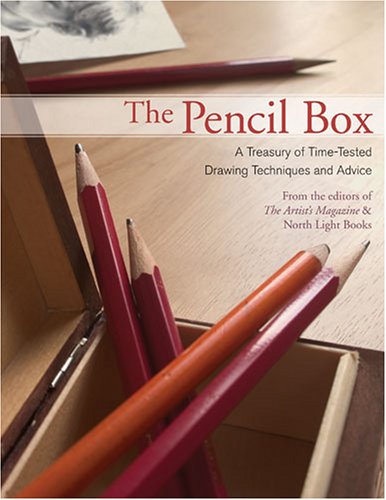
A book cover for The Pencil Box: A Treasury of Time-Tested Drawing Techniques and Advice; Editors Of Artists Magazine And North Light Books; Arts & Photography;